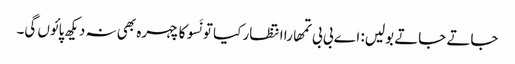
جاتے جاتے بولیں: اے بی بی تمھارا انتظار کیا تو نَسو کا چہرہ بھی نہ دیکھ پائوں گی۔